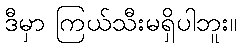
ဒီမှာ ကြယ်သီးမရှိပါဘူး။